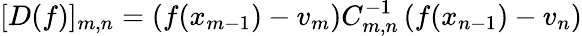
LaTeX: [D(f)]_{m,n}=\left(f(x_{m-1})-v_{m}\right)C_{m,n}^{-1}\left(f(x_{n-1})-v_{n}\right)